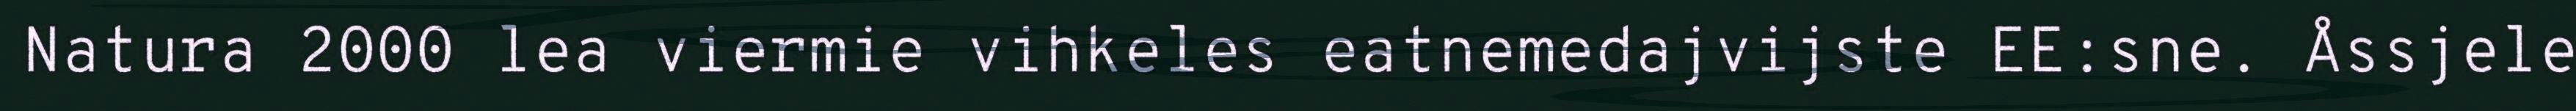
Natura 2000 lea viermie vihkeles eatnemedajvijste EE:sne. Åssjele